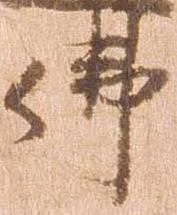
仏